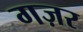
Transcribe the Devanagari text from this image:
गज़र